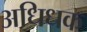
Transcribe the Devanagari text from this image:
अधिधक